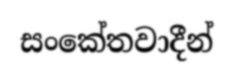
සංකේතවාදීන්